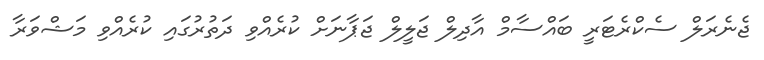
ޖެނެރަލް ސެކްރެޓަރީ ބައްސާމް އާދިލް ޖަލީލް ޖަޕާނަށް ކުރެއްވި ދަތުރުގައި ކުރެއްވި މަޝްވަރާ